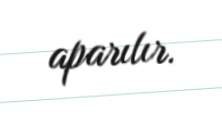
aparılır.